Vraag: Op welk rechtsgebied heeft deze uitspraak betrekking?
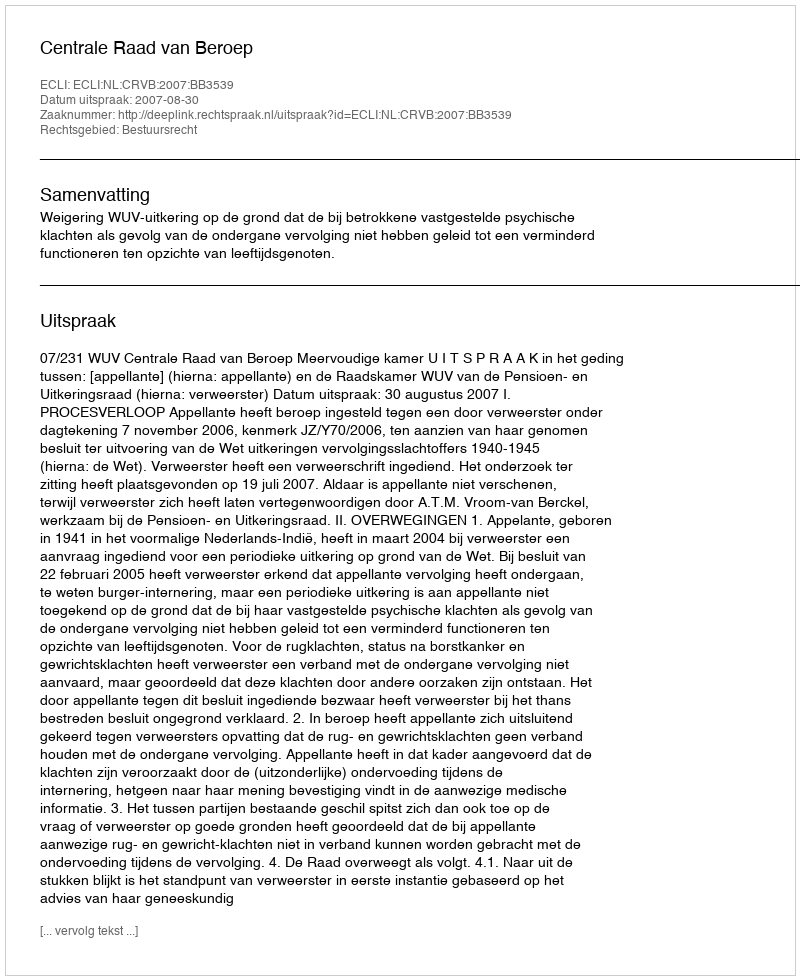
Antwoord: Bestuursrecht